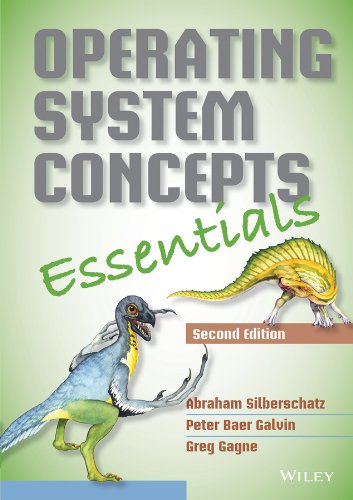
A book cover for Operating System Concepts Essentials; Abraham Silberschatz; Computers & Technology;